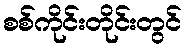
စစ်ကိုင်းတိုင်းတွင်